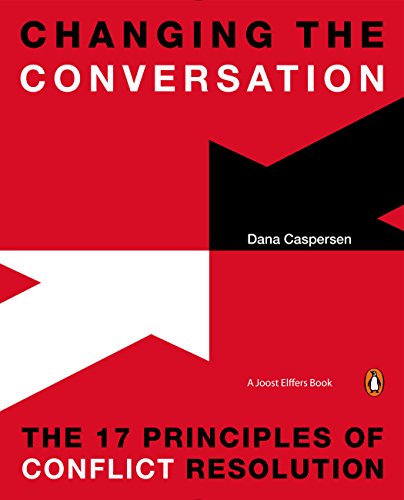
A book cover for Changing the Conversation: The 17 Principles of Conflict Resolution; Dana Caspersen; Business & Money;